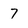
Character: 7